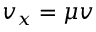
v _ { x } = \mu v